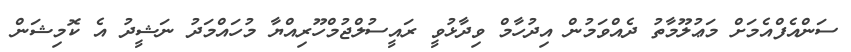
ސަންއެފްއެމަށް މަޢުލޫމާތު ދެއްވަމުން އިދުހާމް ވިދާޅުވީ ރައީސުލްޖުމްހޫރިއްޔާ މުހައްމަދު ނަޝީދު އެ ކޮމިޝަން